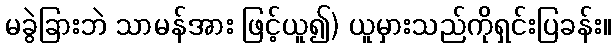
မခွဲခြားဘဲ သာမန်အား ဖြင့်ယူ၍) ယူမှားသည်ကိုရှင်းပြခန်း။